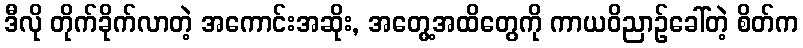
ဒီလို တိုက်ခိုက်လာတဲ့ အကောင်းအဆိုး, အတွေ့အထိတွေကို ကာယဝိညာဉ်ခေါ်တဲ့ စိတ်က